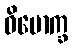
ဝိမောက္ခ